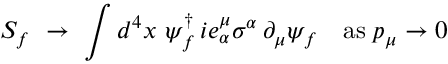
S _ { f } ~ \rightarrow ~ \int d ^ { 4 } x ~ \psi _ { f } ^ { \dagger } \, i e _ { \alpha } ^ { \mu } \sigma ^ { \alpha } \, \partial _ { \mu } \psi _ { f } \quad \mathrm { a s } \; p _ { \mu } \rightarrow 0